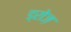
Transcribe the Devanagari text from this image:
ड्रोज़